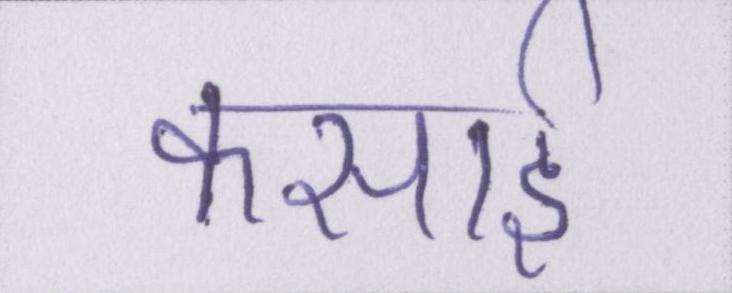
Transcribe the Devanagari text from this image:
कसाई